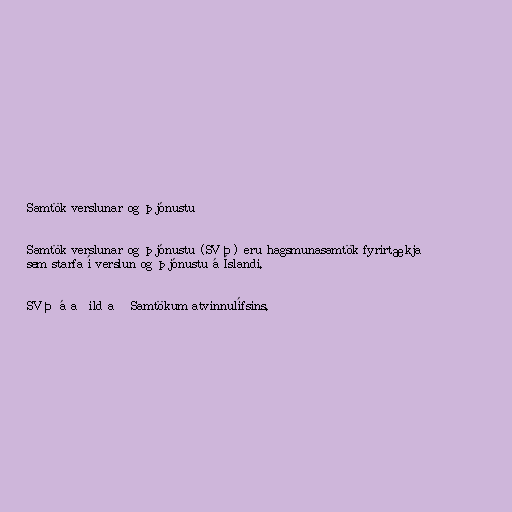
Samtök verslunar og þjónustu

Samtök verslunar og þjónustu (SVÞ) eru hagsmunasamtök fyrirtækja
sem starfa í verslun og þjónustu á Íslandi.

SVÞ á aðild að Samtökum atvinnulífsins.